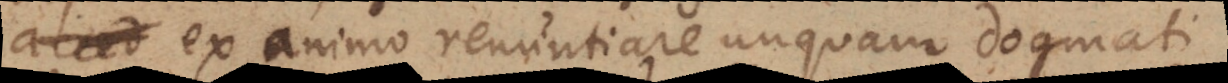
acced ex animo renuntiare unquam dogmati